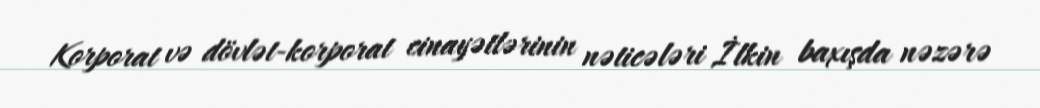
Korporat və dövlət-korporat cinayətlərinin nəticələri İlkin baxışda nəzərə